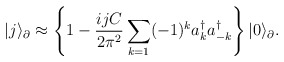
\begin{align*}|j \rangle_\partial \approx \left\lbrace 1-\frac{ijC}{2\pi^2} \sum_{k=1} (-1)^k a^\dagger_k a^\dagger_{-k} \right\rbrace |0 \rangle_\partial.\end{align*}